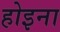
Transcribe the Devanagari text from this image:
होइना